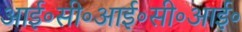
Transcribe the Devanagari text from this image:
आई॰सी॰आई॰सी॰आई॰